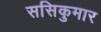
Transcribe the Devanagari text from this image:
ससिकुमार